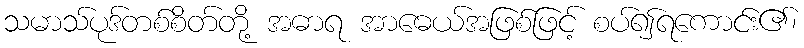
သမာသ်ပုဒ်တစ်စိတ်တို့ အဓာရ အာဓေယ်အဖြစ်ဖြင့် စပ်၍ရကောင်း၏၊